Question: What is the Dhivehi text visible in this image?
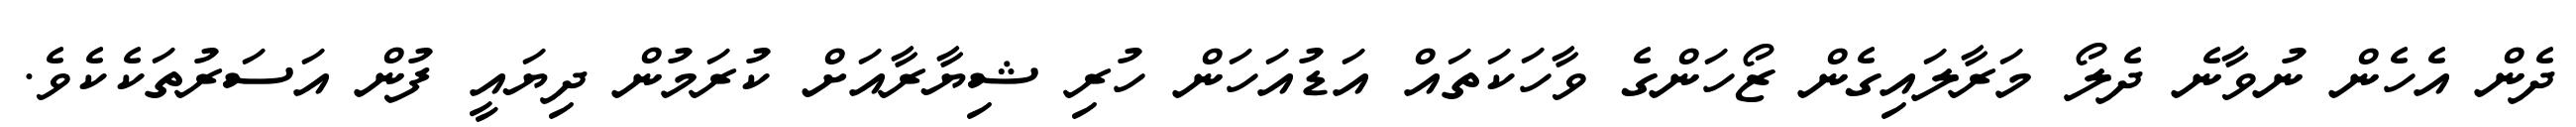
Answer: ދެން އެހެން ނުވާނެ ދެލޯ މަރާލައިގެން ޒޯހަންގެ ވާހަކަތައް އަޑުއަހަން ހުރި ޝިޔާރާއަށް ކުރަމުން ދިޔައީ ފުން އަސަރުތަކެކެވެ.